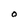
Character: 0